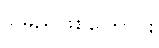
ပြုမည်ဖြစ်ကြောင်း